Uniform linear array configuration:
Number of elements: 48
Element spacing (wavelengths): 0.5
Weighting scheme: hamming
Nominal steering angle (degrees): -30
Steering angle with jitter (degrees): -30.887
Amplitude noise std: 0.05
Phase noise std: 0.05

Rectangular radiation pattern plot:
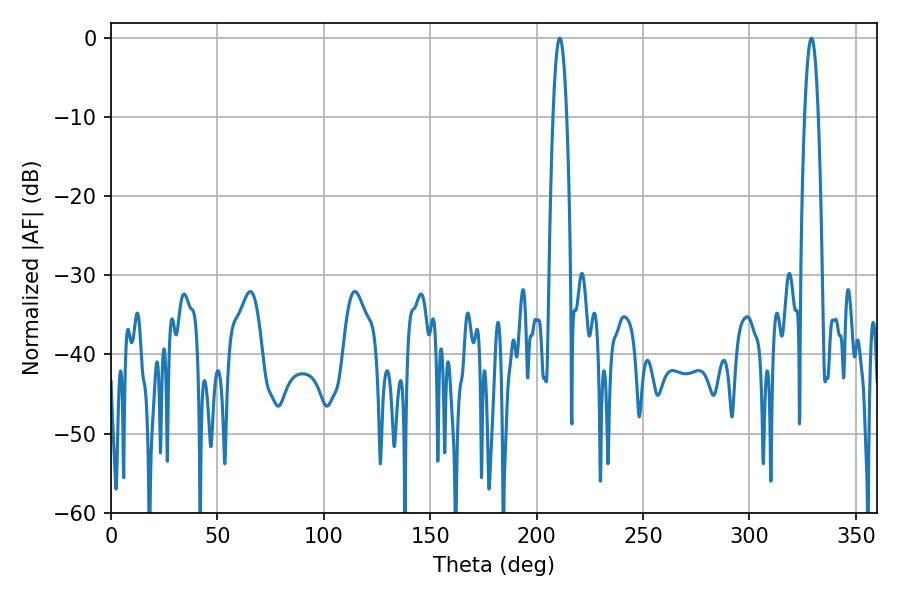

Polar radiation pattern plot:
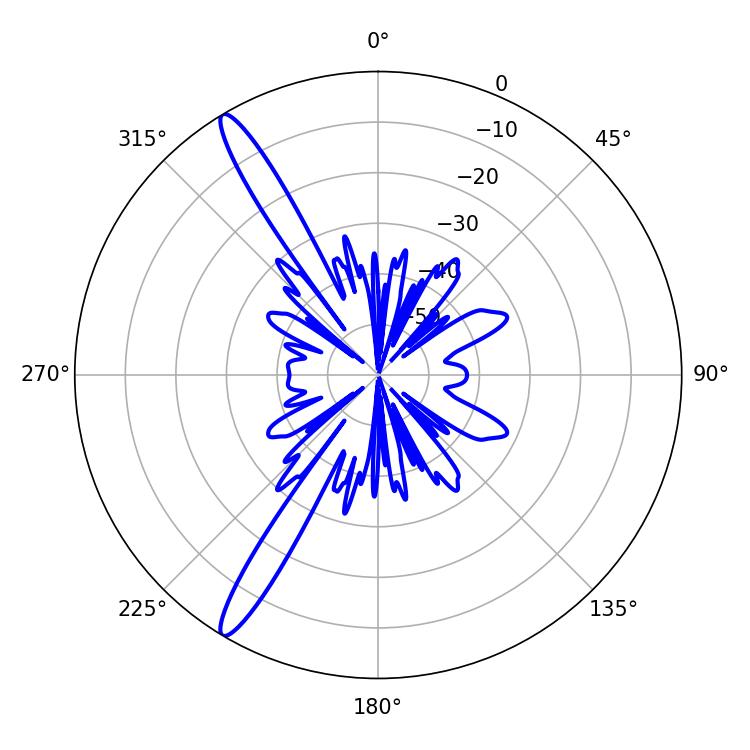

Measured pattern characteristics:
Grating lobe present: FALSE
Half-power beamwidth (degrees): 3.42
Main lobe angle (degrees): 210.78